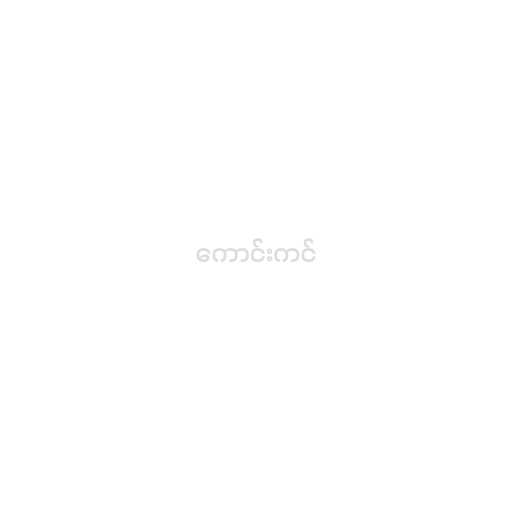
ကောင်းကင်